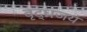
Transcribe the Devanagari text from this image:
वृद्धजय